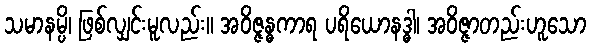
သမာနမ္ပိ၊ ဖြစ်လျှင်းမူလည်း။ အဝိဇ္ဇန္ဓကာရ ပရိယောနဒ္ဓါ၊ အဝိဇ္ဇာတည်းဟူသော